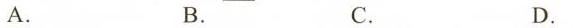
A. B. C. D.